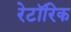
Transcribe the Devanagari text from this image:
रेटॉरिक